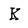
Character: K